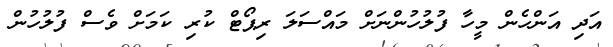
އަދި އަންހެން މީހާ ފުލުހުންނަށް މައްސަލަ ރިޕޯޓް ކުރި ކަމަށް ވެސް ފުލުހުން